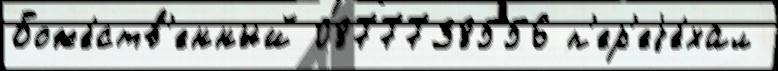
Боже́ств'енный 0877738556 п'ер'еjе́хал